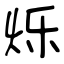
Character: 烁